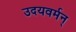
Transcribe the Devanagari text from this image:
उदयवर्मन्